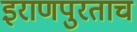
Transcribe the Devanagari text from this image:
इराणपुरताच